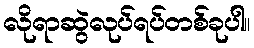
လိုရာဆွဲလုပ်ရပ်တစ်ခုပါ။